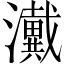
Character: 瀻